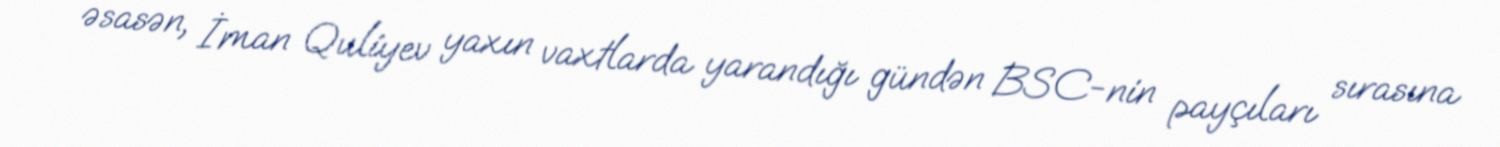
əsasən, İman Quliyev yaxın vaxtlarda yarandığı gündən BSC-nin payçıları sırasına